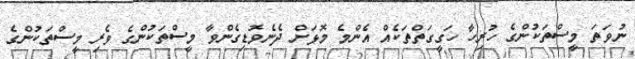
ނުވަތަ މީސްތަކުންގެ ހުރިހާ ހަގީގަތްތަކެއް އެންމެ މޮޅަށް ދެނެވޮޑިގެންވާ މީސްތަކުންގެ ވެރި މީސްތަކުންގެ